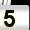
Digit: 5